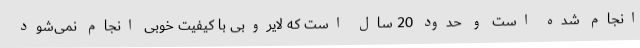
انجام شده است و حدود 20 سال است که لایروبی با کیفیت خوبی انجام نمی‌شود